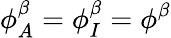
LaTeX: \phi_{A}^{\beta}=\phi_{I}^{\beta}=\phi^{\beta}